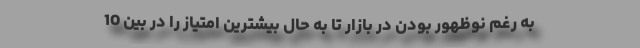
به رغم نوظهور بودن در بازار تا به حال بيشترين امتياز را در بين 10